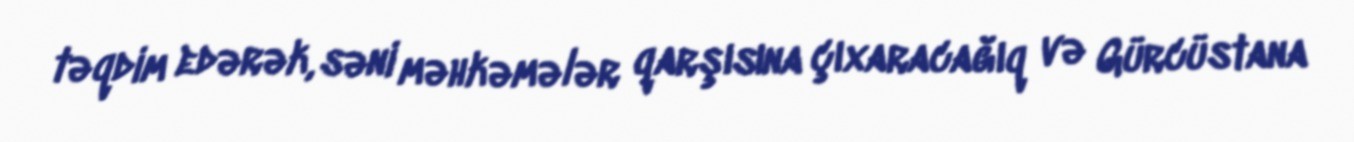
təqdim edərək, səni məhkəmələr qarşısına çıxaracağıq və Gürcüstana